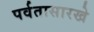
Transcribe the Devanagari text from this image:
पर्वतासारखे